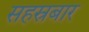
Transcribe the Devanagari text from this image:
सहस्रबार